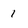
Character: 1